Punjab Mental Hospital Lahore 1932-46 - 1932-1946
Year: 1932
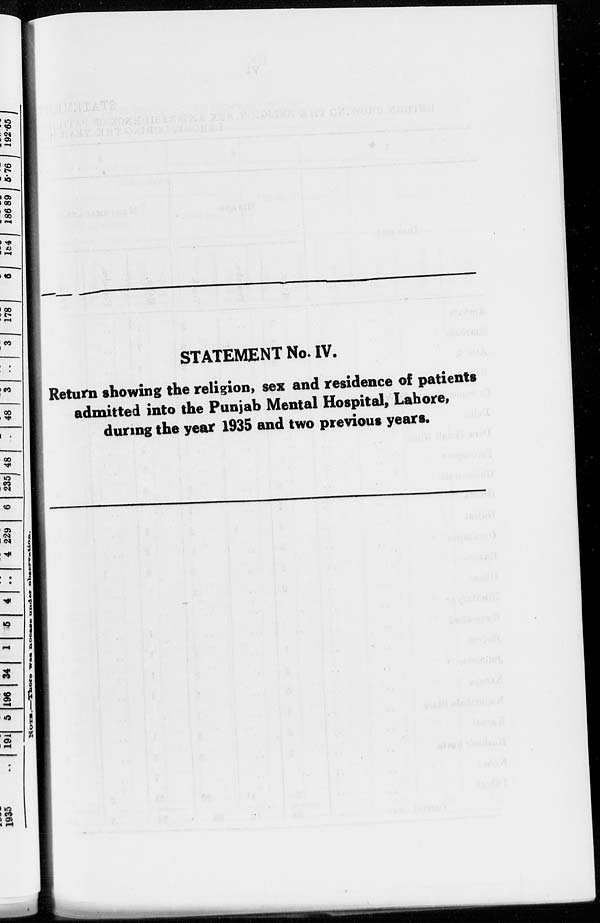
STATEMENT No. IV.
Return showing the religion, sex and residence of patients
admitted into the Punjab Mental Hospital, Lahore,
during the year 1935 and two previous years.